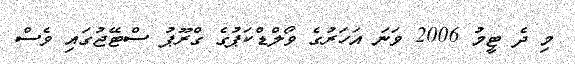
މި ދެ ޓީމު 2006 ވަނަ އަހަރުގެ ވޯލްޑްކަޕުގެ ގްރޫޕު ސްޓޭޖުގައި ވެސް